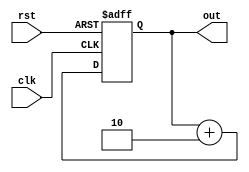
module odd_counter(clk,rst,out);
input wire clk;
input wire rst;
output reg[7:0] out;

always @(posedge clk or posedge rst)
begin 
    if (rst) begin 
       out<=8'h1;
    end
    else begin 
        out<= out + 8'h2;
    end
end
 
endmodule